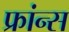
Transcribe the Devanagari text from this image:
फ्रांन्स